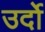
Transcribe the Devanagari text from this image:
उर्दो